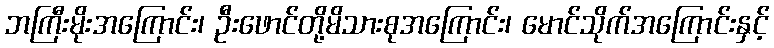
ဘကြီးမိုးအကြောင်း၊ ဦးဖောင်တို့မိသားစုအကြောင်း၊ မောင်သိုက်အကြောင်းနှင့်